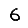
Digit: 6